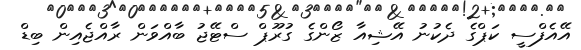
އޭއެފްސީ ކަޕްގެ ދެކުނު އޭޝިއާ ޒޯންގެ ގުރޫޕް ސްޓޭޖު ބާއްވަން ރާއްޖެއިން ބިޑް